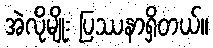
အဲလိုမျိုး ပြဿနာရှိတယ်။